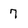
Character: 7